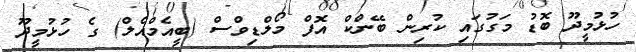
ހުޅުމީދޫ ބޮޑު މަގުގައި ކުރިން ބޭންކް އޮފް މޯލްޑިވްސް (ބީއެމްއެލް) ގެ ހުޅުމީދޫ